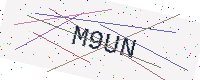
Text: M9UN